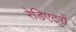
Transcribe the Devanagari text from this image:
रेडिएटरों